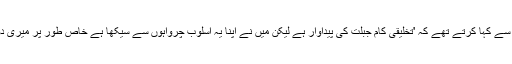
یہی وجہ تھی کہ وہ اپنے تخلیقی کام کے حوالے سے کہا کرتے تھے کہ 'تخلیقی کام جبلت کی پیداوار ہے لیکن میں نے اپنا یہ اسلوب چرواہوں سے سیکھا ہے خاص طور پر میری دوستی بکریاں اور گائے چرانے والوں سے رہی'۔